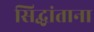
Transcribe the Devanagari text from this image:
सिद्धांताना